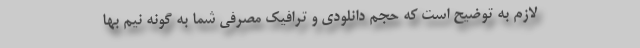
لازم به توضیح است که حجم دانلودی و ترافیک مصرفی شما به گونه نیم بها